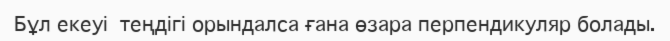
Бұл екеуі  теңдігі орындалса ғана өзара перпендикуляр болады.